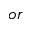
o r